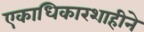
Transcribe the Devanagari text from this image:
एकाधिकारशाहीने